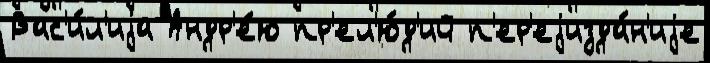
Вас'и́л'иjа Андр'е́ю пр'ел'ю́д'ий п'ер'еjизда́н'иjе